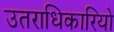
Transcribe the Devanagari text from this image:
उतराधिकारियो